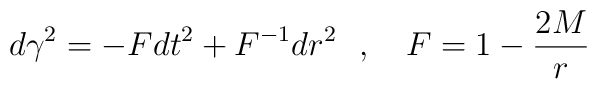
d\gamma^2=-Fdt^2+F^{-1}dr^2~~,~~~F=1-{2M \over r}~~~